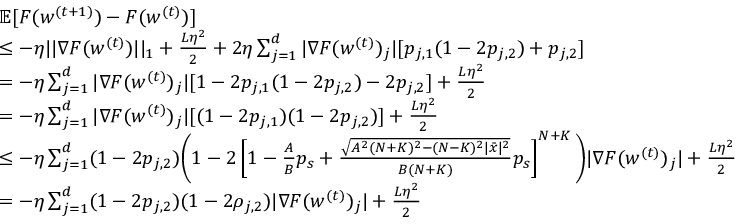
\begin{array} { r l } & { \mathbb { E } [ F ( w ^ { ( t + 1 ) } ) - F ( w ^ { ( t ) } ) ] } \\ & { \leq - \eta | | \nabla F ( w ^ { ( t ) } ) | | _ { 1 } + \frac { L \eta ^ { 2 } } { 2 } + 2 \eta \sum _ { j = 1 } ^ { d } | \nabla F ( w ^ { ( t ) } ) _ { j } | [ p _ { j , 1 } ( 1 - 2 p _ { j , 2 } ) + p _ { j , 2 } ] } \\ & { = - \eta \sum _ { j = 1 } ^ { d } | \nabla F ( w ^ { ( t ) } ) _ { j } | [ 1 - 2 p _ { j , 1 } ( 1 - 2 p _ { j , 2 } ) - 2 p _ { j , 2 } ] + \frac { L \eta ^ { 2 } } { 2 } } \\ & { = - \eta \sum _ { j = 1 } ^ { d } | \nabla F ( w ^ { ( t ) } ) _ { j } | [ ( 1 - 2 p _ { j , 1 } ) ( 1 - 2 p _ { j , 2 } ) ] + \frac { L \eta ^ { 2 } } { 2 } } \\ & { \leq - \eta \sum _ { j = 1 } ^ { d } ( 1 - 2 p _ { j , 2 } ) \bigg ( 1 - 2 \left[ 1 - \frac { A } { B } p _ { s } + \frac { \sqrt { A ^ { 2 } ( N + K ) ^ { 2 } - ( N - K ) ^ { 2 } | \Bar { x } | ^ { 2 } } } { B ( N + K ) } p _ { s } \right] ^ { N + K } \bigg ) | \nabla F ( w ^ { ( t ) } ) _ { j } | + \frac { L \eta ^ { 2 } } { 2 } } \\ & { = - \eta \sum _ { j = 1 } ^ { d } ( 1 - 2 p _ { j , 2 } ) ( 1 - 2 \rho _ { j , 2 } ) | \nabla F ( w ^ { ( t ) } ) _ { j } | + \frac { L \eta ^ { 2 } } { 2 } } \end{array}